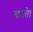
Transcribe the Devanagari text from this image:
बांधते।